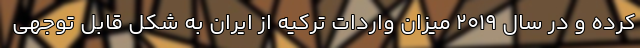
کرده و در سال ۲۰۱۹ میزان واردات ترکیه از ایران به شکل قابل توجهی